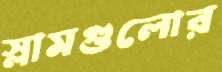
স্লামগুলোর